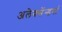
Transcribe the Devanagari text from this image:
अलेक्सेंन्डर्या